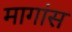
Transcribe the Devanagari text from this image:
मागांस